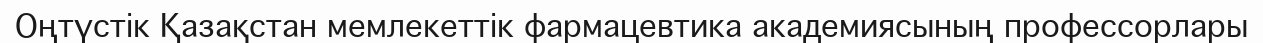
Оңтүстік Қазақстан мемлекеттік фармацевтика академиясының профессорлары